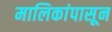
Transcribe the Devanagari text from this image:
मालिकांपासून